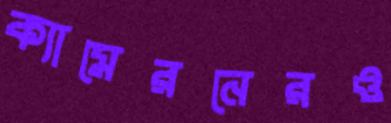
ক্যামেরনেরও